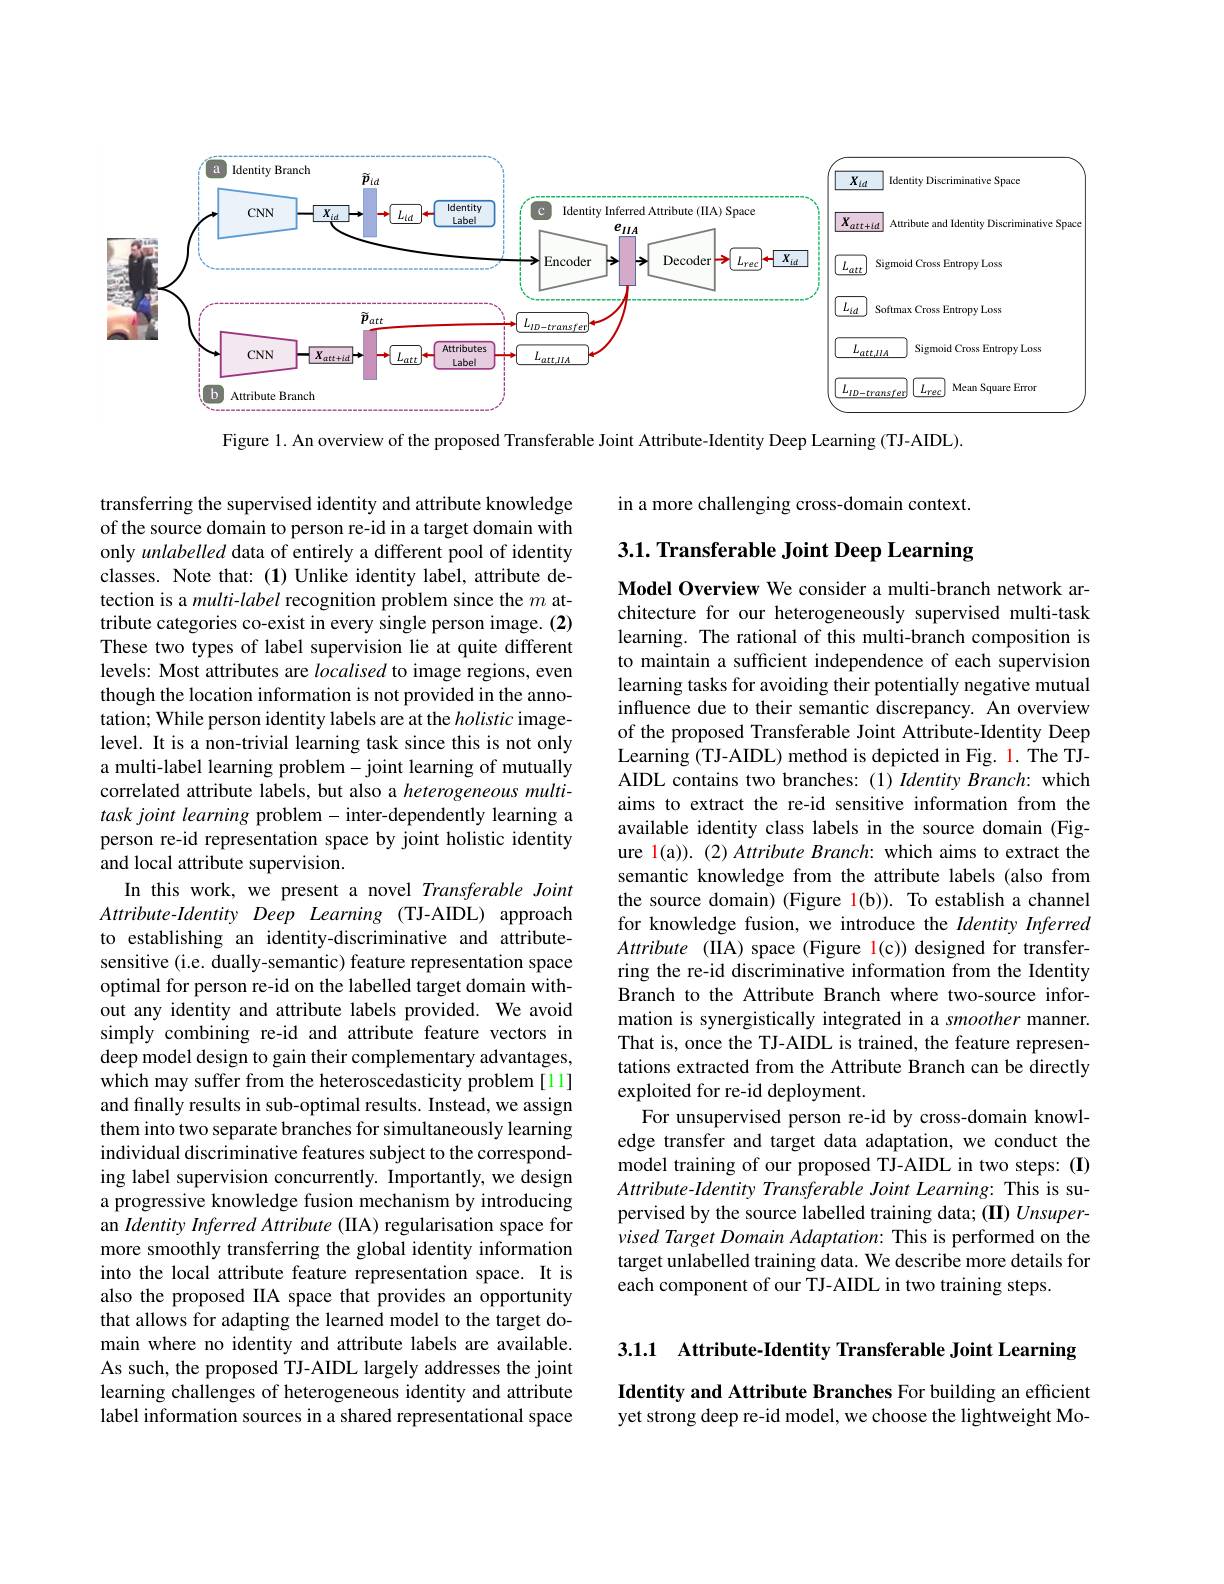
<FigureHere>

Figure 1. An overview of the proposed Transferable Joint Attribute-Identity Deep Learning (TJ-AIDL).

in a more challenging cross-domain context.

## $3. 1. \textbf{ Transferable Joint Deep Learning}$

Model Overview We consider a multi-branch network architecture for our heterogeneously supervised multi-task learning. The rational of this multi-branch composition is to maintain a sufficient independence of each supervision learning tasks for avoiding their potentially negative mutual influence due to their semantic discrepancy. An overview of the proposed Transferable Joint Attribute-Identity Deep Learning (TJ-AIDL) method is depicted in Fig. 1. The TJAIDL contains two branches: (1) Identity Branch: which aims to extract the re-id sensitive information from the available identity class labels in the source domain (Figure l(a)). (2) Attribute Branch: which aims to extract the semantic knowledge from the attribute labels (also from the source domain) (Figure 1(b)). To establish a channel for knowledge fusion, we introduce the Identity Inferred Attribute (IIA) space (Figure 1(c)) designed for transferring the re-id discriminative information from the Identity Branch to the Attribute Branch where two-source information is synergistically integrated in a smoother manner. That is, once the TJ-AIDL is trained, the feature representations extracted from the Attribute Branch can be directly exploited for re-id deployment.
For unsupervised person re-id by cross-domain knowledge transfer and target data adaptation, we conduct the model training of our proposed TJ-AIDL in two steps:(I) Attribute- Identity Transferable Joint Learning: This is supervised by the source labelled training data; (II) Unsupervised Target Domain Adaptation: This is performed on the target unlabelled training data. We describe more details for each component of our TJ-AIDL in two training steps.

transferring the supervised identity and attribute knowledge of the source domain to person re-id in a target domain with only unlabelled data of entirely a different pool of identity classes. Note that: (1) Unlike identity label, attribute detection is a multi-label recognition problem since the $m$ attribute categories co-exist in every single person image. (2) These two types of label supervision lie at quite different levels: Most attributes are localised to image regions, even though the location information is not provided in the annotation; While person identity labels are at the holistic imagelevel. It is a non-trivial learning task since this is not only a multi-label learning problem-joint learning of mutually correlated attribute labels, but also a heterogeneous multitask joint learning problem- inter-dependently learning a person re-id representation space by joint holistic identity and local attribute supervision.
In this work, we present a novel Transferable Joint Attribute-Identity Deep Learning (TJ-AIDL) approach to establishing an identity-discriminative and attributesensitive (i.e. dually-semantic) feature representation space optimal for person re-id on the labelled target domain without any identity and attribute labels provided. We avoid simply combining re-id and attribute feature vectors in deep model design to gain their complementary advantages, which may suffer from the heteroscedasticity problem [11] and finally results in sub-optimal results. Instead, we assign them into two separate branches for simultaneously learning individual discriminative features subject to the corresponding label supervision concurrently. Importantly, we design a progressive knowledge fusion mechanism by introducing an Identity Inferred Attribute (IIA) regularisation space for more smoothly transferring the global identity information into the local attribute feature representation space. It is also the proposed IIA space that provides an opportunity that allows for adapting the learned model to the target domain where no identity and attribute labels are available. As such, the proposed TJ-AIDL largely addresses the joint learning challenges of heterogeneous identity and attribute label information sources in a shared representational space

3.1.1 Attribute-Identity Transferable Joint Learning

Identity and Attribute Branches For building an efficient yet strong deep re-id model, we choose the lightweight Mo-